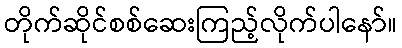
တိုက်ဆိုင်စစ်ဆေးကြည့်လိုက်ပါနော်။